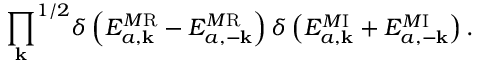
{ \prod _ { \bf k } } ^ { 1 / 2 } \delta \left( { \cal E } _ { a , \bf k } ^ { M \mathrm { R } } - { \cal E } _ { a , - \bf k } ^ { M \mathrm { R } } \right) \delta \left( { \cal E } _ { a , \bf k } ^ { M \mathrm { I } } + { \cal E } _ { a , - \bf k } ^ { M \mathrm { I } } \right) .